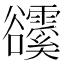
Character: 𧯗